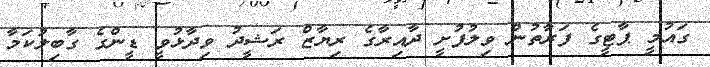
ގައުމީ ޕާޓީގެ ފަރާތުން ވިލުފުށީ ދާއިރާގެ ރިޔާޒް ރަޝީދު ވިދާޅުވީ ޑީންގެ ގާބިލުކަމާ